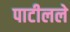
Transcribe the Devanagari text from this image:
पाटीलले